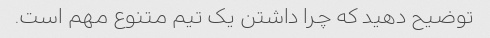
توضیح دهید که چرا داشتن یک تیم متنوع مهم است.